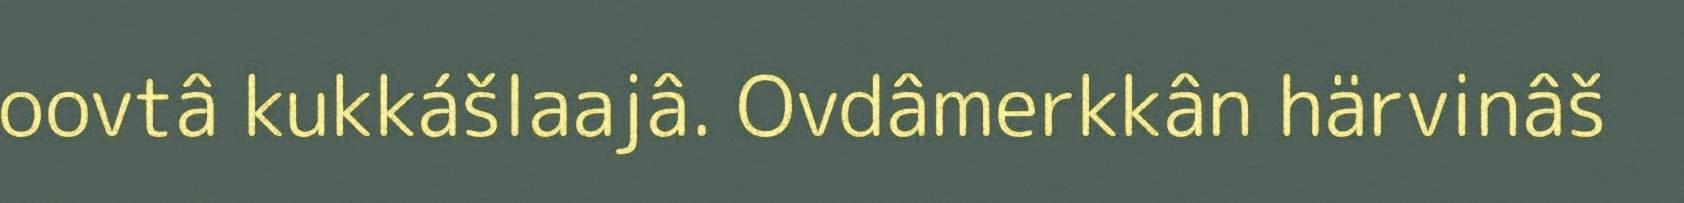
oovtâ kukkášlaajâ. Ovdâmerkkân härvinâš